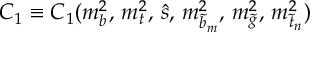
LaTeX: C _ { 1 } \equiv C _ { 1 } ( m _ { b } ^ { 2 } , \, m _ { t } ^ { 2 } , \, \hat { s } , \, m _ { \tilde { b } _ { m } } ^ { 2 } , \, m _ { \tilde { g } } ^ { 2 } , \, m _ { \tilde { t } _ { n } } ^ { 2 } )